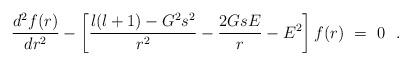
LaTeX: \begin{align*}{d^2f(r) \over dr^2} - \left[ {l(l+1) -G^2s^2 \over r^2} - {2GsE \over r} - E^2 \right] f(r) ~=~0~~. \end{align*}